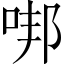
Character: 𠳐